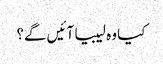
کیا وہ لیبیا آئیں گے؟